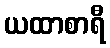
ယထာစာရီ